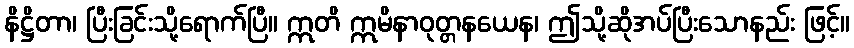
နိဋ္ဌိတာ၊ ပြီးခြင်းသို့ရောက်ပြီ။ ဣတိ ဣမိနာဝုတ္တနယေန၊ ဤသို့ဆိုအပ်ပြီးသောနည်း ဖြင့်။